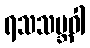
ရသသမ္ဘဝါ